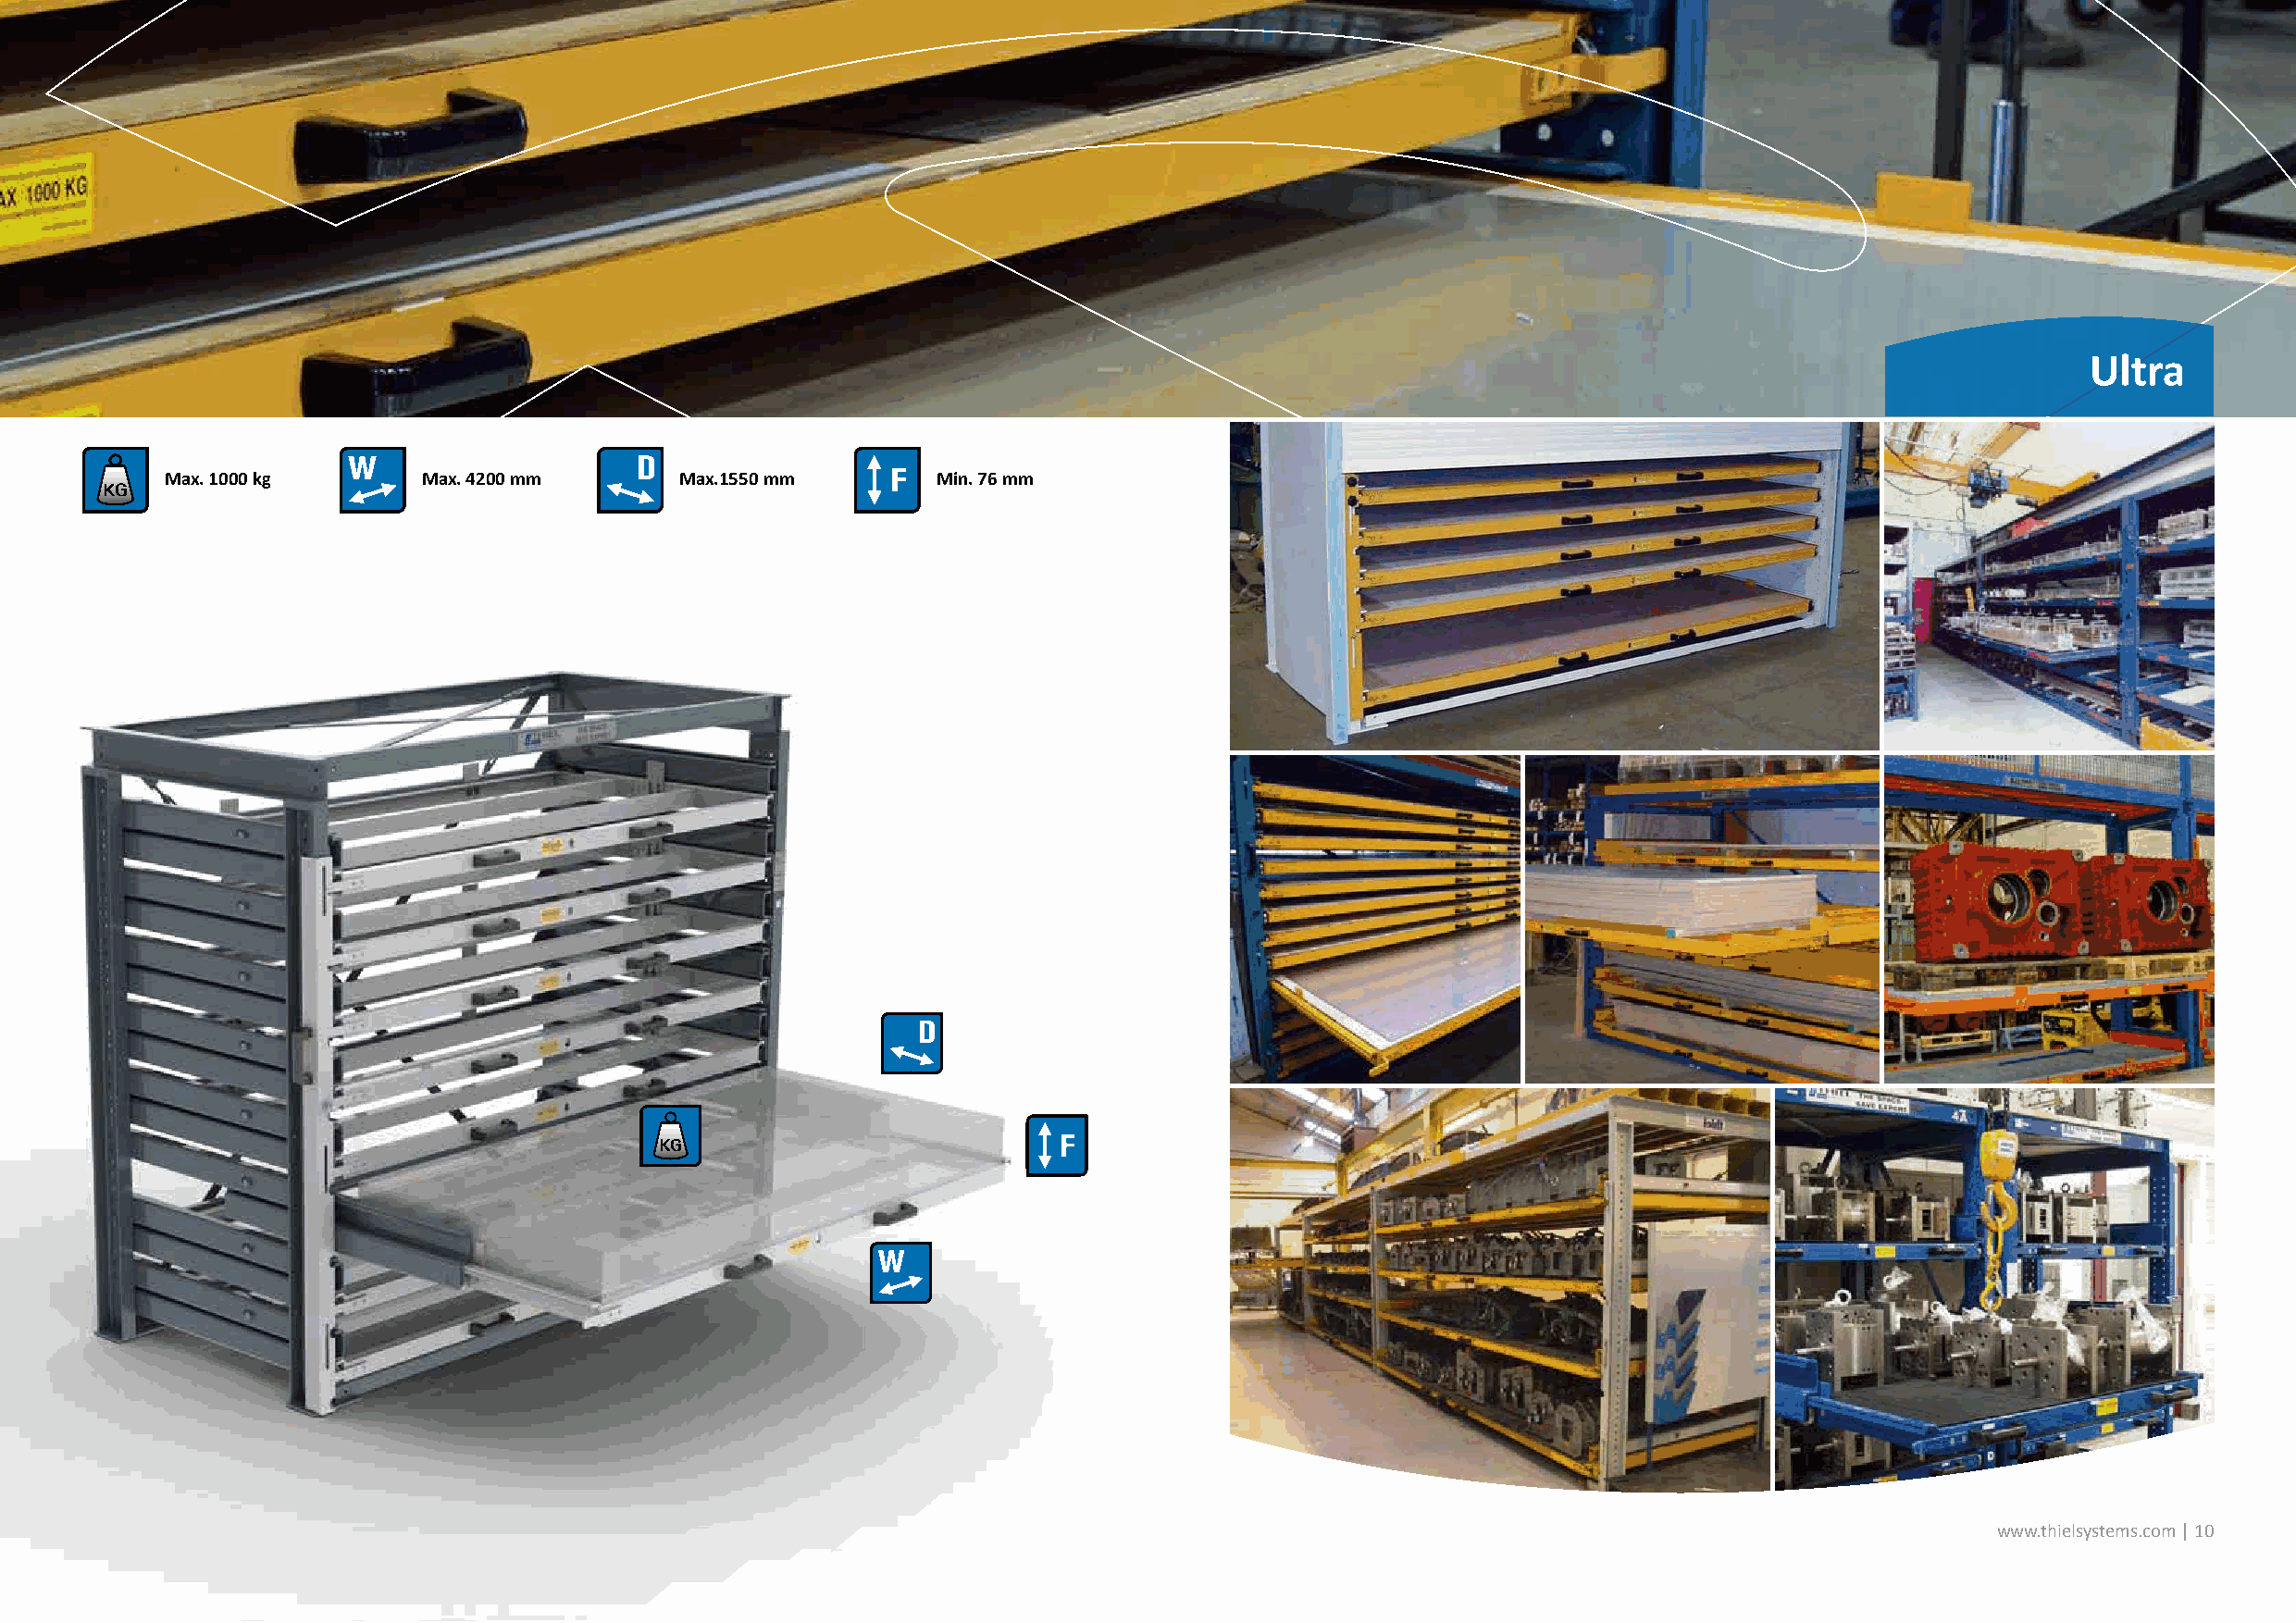
Ultra
 Max. 1000 kg      Max. 4200 mm       Max.1550 mm       Min. 76 mm
 www.thielsystems.com | 10